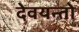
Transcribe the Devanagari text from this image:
देवयन्तो